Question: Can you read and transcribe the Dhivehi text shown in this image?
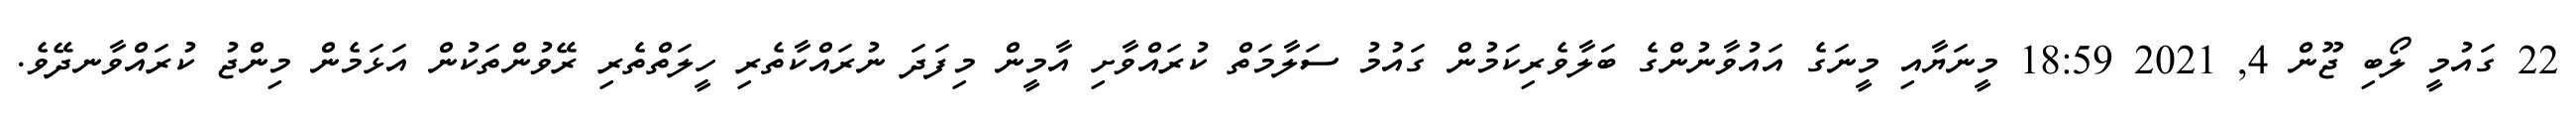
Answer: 22 ގައުމީ ލޯބި ޖޫން 4, 2021 18:59 މީނަޔާއި މީނަގެ އައުވާނުންގެ ބަލާވެރިކަމުން ގައުމު ސަލާމަތް ކުރައްވާށި އާމީން މިފަދަ ނުރައްކާތެރި ހީލަތްތެރި ރޭވުންތަކުން އަޅަމެން މިންޖު ކުރައްވާނދޭވެ.